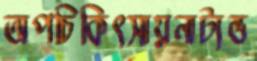
অপচিকিৎসায়নাট্যভ